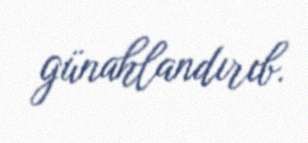
günahlandırıb.